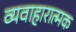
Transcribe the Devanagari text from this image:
व्यवाहारात्मक